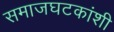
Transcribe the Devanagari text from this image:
समाजघटकांशी